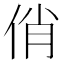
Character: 俏